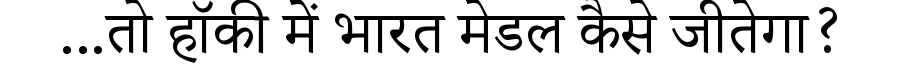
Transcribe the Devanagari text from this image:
...तो हॉकी में भारत मेडल कैसे जीतेगा?